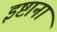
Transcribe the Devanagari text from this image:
इष्टानां